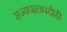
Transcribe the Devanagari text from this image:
राज्यपालपदीही